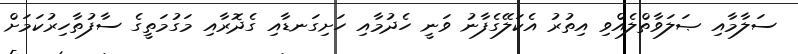
ސަލާމާއި ޞަލަވާތްލެއްވި އިތުރު އެކަލޭގެފާނު ވަނީ ހެދުމާއި ހަށިގަނޑާއި ގެދޮރާއި މަގުމަތީގެ ސާފުތާހިރުކަމަށް